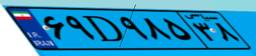
۶۹D۹۸۵۳۸